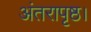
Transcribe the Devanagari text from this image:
अंतरापृष्ठ।